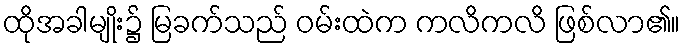
ထိုအခါမျိုး၌ မြခက်သည် ဝမ်းထဲက ကလိကလိ ဖြစ်လာ၏။